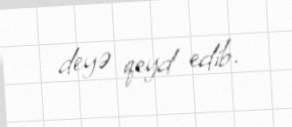
deyə qeyd edib.